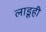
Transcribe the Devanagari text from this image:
लाडूही